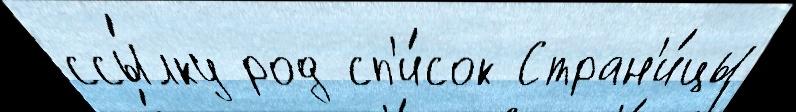
ссы́лку род сп'и́сок Стран'и́цы